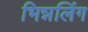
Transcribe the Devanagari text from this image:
भिन्नलिंग